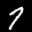
Label: 7